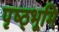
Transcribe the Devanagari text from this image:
पृष्ठ्भूमि